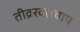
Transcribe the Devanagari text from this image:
तीव्ररक्तचाप